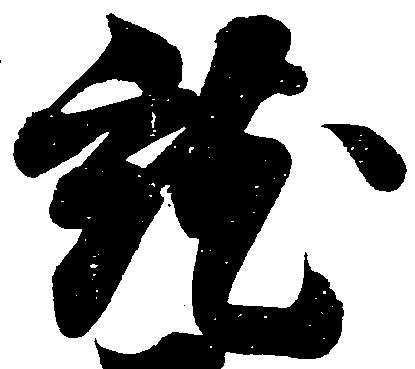
就